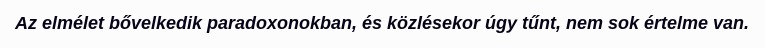
Az elmélet bővelkedik paradoxonokban, és közlésekor úgy tűnt, nem sok értelme van.